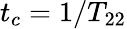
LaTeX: t_{c}=1/T_{22}